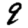
Digit: 9